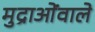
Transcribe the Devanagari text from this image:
मुद्राओंवाले